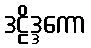
ဒဠိဒ္ဒကော